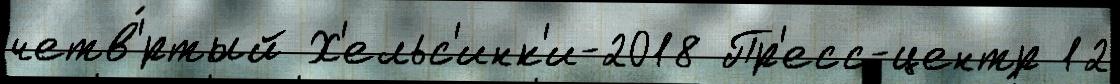
четв'́ртый Х'ельс'инк'и-2018 Пр'есс-центр 12